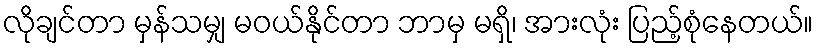
လိုချင်တာ မှန်သမျှ မဝယ်နိုင်တာ ဘာမှ မရှိ၊ အားလုံး ပြည့်စုံနေတယ်။